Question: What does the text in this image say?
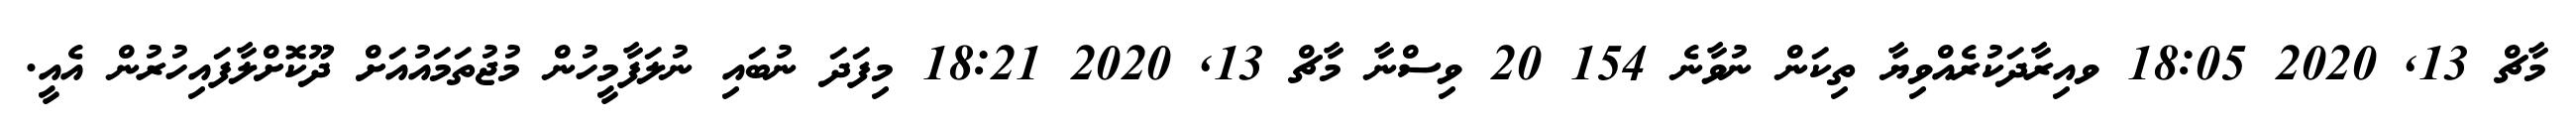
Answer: މާޗް 13, 2020 18:05 ވއިރާދަކުރެއްވިޔާ ތިކަން ނުވާނެ 154 20 ވިސްނާ މާޗް 13, 2020 18:21 މިފަދަ ނުބައި ނުލަފާމީހުން މުޖުތަމައުއަށް ދޫކޮށްލާފައިހުރުން އެއީ.